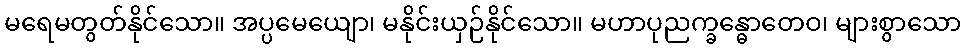
မရေမတွတ်နိုင်သော။ အပ္ပမေယျော၊ မနိုင်းယှဉ်နိုင်သော။ မဟာပုညက္ခန္ဓောတေဝ၊ များစွာသော